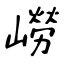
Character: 嶗